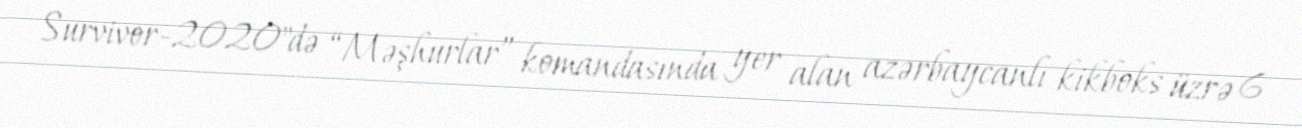
Survivor-2020"də “Məşhurlar” komandasında yer alan azərbaycanlı kikboks üzrə 6